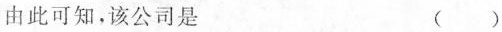
由此可知，该公司是 ( )